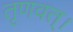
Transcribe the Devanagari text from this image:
तृणवत्।